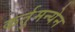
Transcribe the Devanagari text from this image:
कर्तुमन्येन